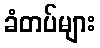
ခံတပ်များ